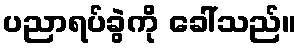
ပညာရပ်ခွဲကို ခေါ်သည်။